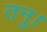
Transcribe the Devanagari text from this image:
तनु।